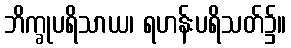
ဘိက္ခုပရိသာယ၊ ရဟန်းပရိသတ်၌။